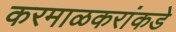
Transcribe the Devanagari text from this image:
करमाळकरांकडे